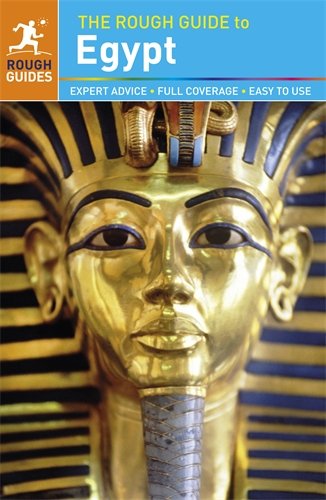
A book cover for The Rough Guide to Egypt; Dan Richardson; Travel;